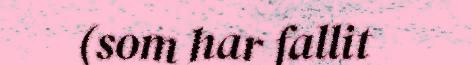
(som har fallit